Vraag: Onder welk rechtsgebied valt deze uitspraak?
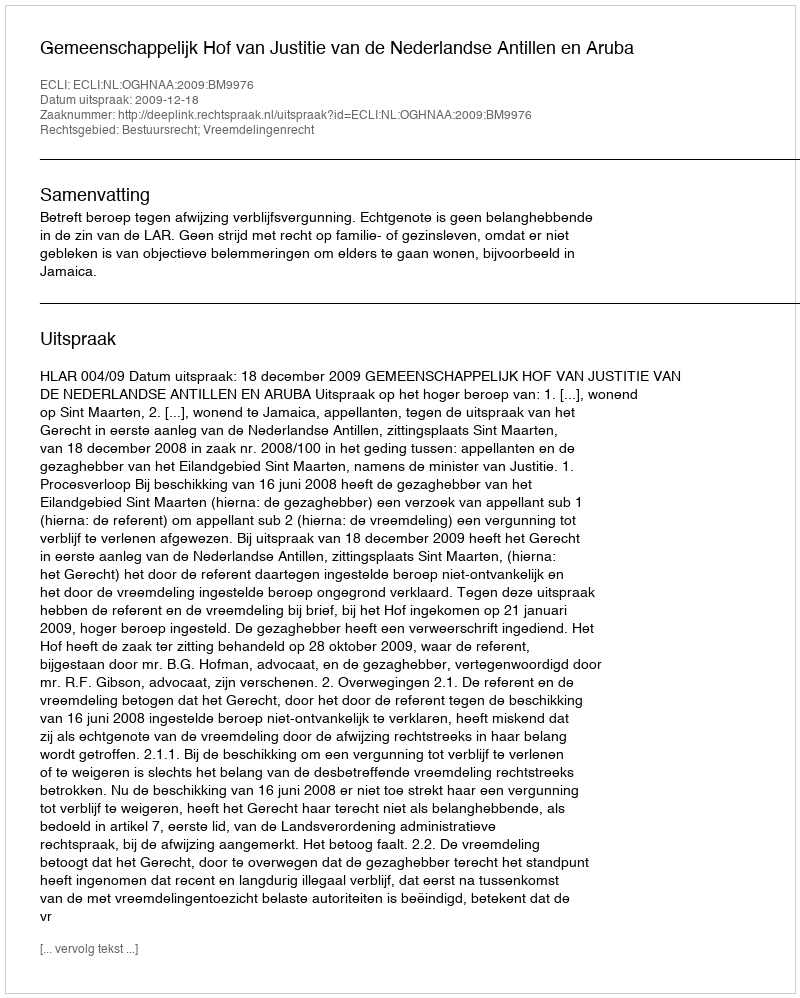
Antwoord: Bestuursrecht; Vreemdelingenrecht